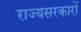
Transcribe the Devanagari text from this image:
राज्यसरकारों